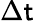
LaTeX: \Delta\mathsf{t}